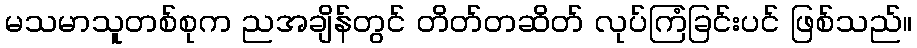
မသမာသူတစ်စုက ညအချိန်တွင် တိတ်တဆိတ် လုပ်ကြံခြင်းပင် ဖြစ်သည်။